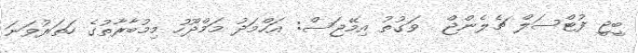
ބީޖީ ފުޓްސަލް ޗެލެންޖް  ވަގުތު އިމޭޖަސް: އަހްމަދު މަމްދޫހު މިމުބާރާތުގެ ހަތަރުވަނަ